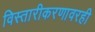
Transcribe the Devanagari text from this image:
विस्तारीकरणावरही